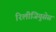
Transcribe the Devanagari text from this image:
रिलीजियुसेस